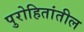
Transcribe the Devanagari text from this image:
पुरोहितांतील